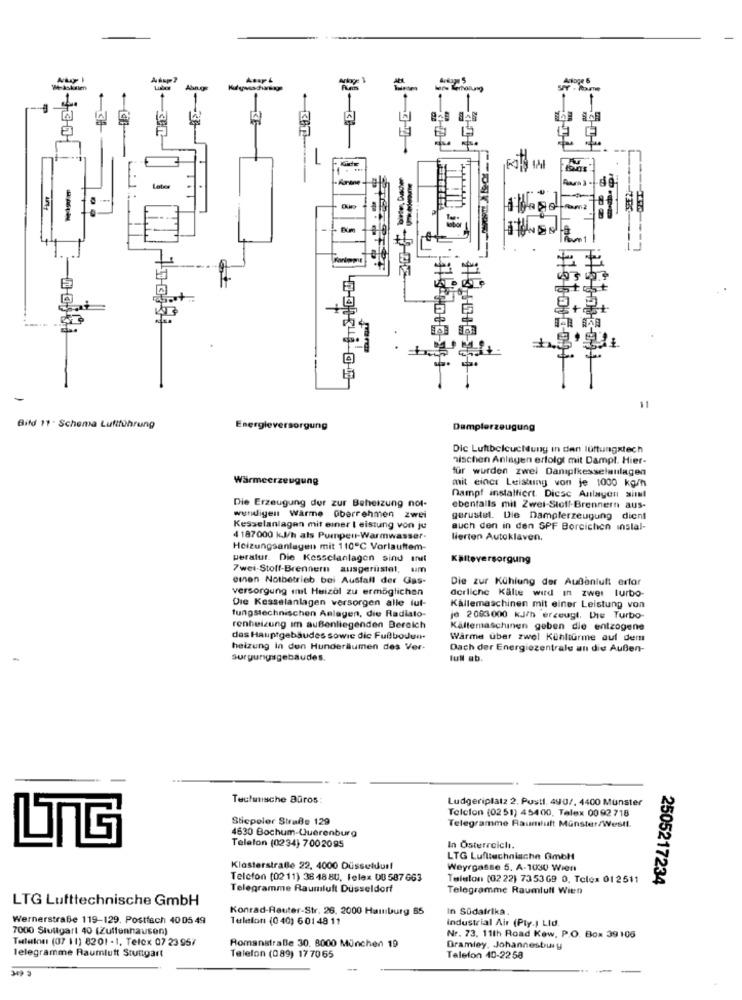
Met-Askalen
birte, Duascher
Farine
5
Rm
--
Bifd 11 . Schema Luftführung
Energieversorgung
Dampferzeugung
Dic Luftbeleuchtung in den lüftungstech
nischen Anlagen erfolgt mit Dampt. Hier-
für wurden zwei Dampfkesselanlagen
Wärmeerzeugung
mit einer Leistung von je 1000 kg/h
Dampf installiert. Diese Anlayen sim!
Die Erzeugung der zur Beheizung not-
ebenfalls mit Zwei-Stoff-Brennern aus-
wundigen Warme @berrehmen zwei
gerustut. Die Damplerzeugung dient
Kesselanlagen mit einer I eistung von ju
auch den in den SPF Borcichen instal-
4 187000 kJJ/h als Pumpen-Warmwasser.
Hierten Autoklaven.
Heizungsanlagen mit 110℃ Vorlauftem-
peratur. Die Kesselanlagen sind mit
Kälteversorgung
7wei-Stoff-Brennern ausgerüstet, um
einen Notbetrieb bei Ausfall der Gas-
Die zur Kühlung der Außenluft erfor
versorgung amit Huizol zu ermöglichen
derliche Kalle wird in zwei turbo-
Die Kesselanlagen versorgen alle lut-
fungstechnischen Anlagen, die Radiato-
Källemaschinen mit einer Leistung von
je 2003.000 KJ/h erzeugt. Die Turbo-
renheizung im außenliegenden Bereich
Kältemaschinen geben die entzogene
das Hauptgebäudes sowie dic Fullbodun.
Warme über zwel Kühltürme auf dem
heizung in den Hunderilumen des Ver-
Dach der Energiezentrale an die Außen-
surgungsgebäudes.
lull ab.
Tectausche Büros:
Ludgeriplatz 2. Pustl. 490/, 4400 Munster
Telcion (0251) 45400, Telex 00 92 718
Sticpeler Straße 129
4630 Bochum-Querenburg
Telegramme Raumluft Münster/Westl.
Telefon (0234) 7002095
In Österreich.
LTG Lufttechnische Gmbh
Klosterstraße 22, 4000 Düsseldorf
Weyrgasse 5. A-1030 Wien
Telefon (02 11) 36 48 8U. Telex 00 587 663
Telefon (02 22) 735369 0, Telex 012511
2505217234
Telegramme Raumluft Düsseldorf
Telegramme Raumluft Wien
LTG Lufttechnische GmbH
Konrad-Reuter-Str. 26, 2000 Hamburg 65
In Südafrika.
Wernerstraße 119-129. Postfach 4005 49
Telefon (0 40) 6 01 48 11
industrial Air (Pty.) Lid.
7000 Stuttgart 40 (Zuffenhausen)
Telek: (07 11) 8201 - 1. Telex 07 23 957
Nr. 73, 11th Road Kow, P.O. Box 39 106
Romanstraße 30. 8000 München 19
Bramley, Johannesbuy
Telegramme Raumluft Stuttgart
Telefon (089) 17 70 65
Telefon 40-2258